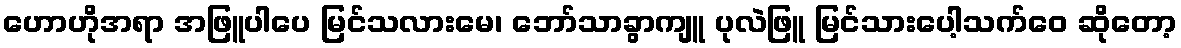
ဟောဟိုအရာ အဖြူပါပေ မြင်သလားမေ၊ ဘော်သာခွာကျူ ပုလဲဖြူ မြင်သားပေါ့သက်ဝေ ဆိုတော့